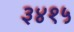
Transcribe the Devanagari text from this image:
३४१५